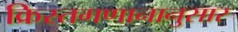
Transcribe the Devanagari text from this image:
क्रिस्तगणानानुसार